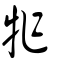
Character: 㸲